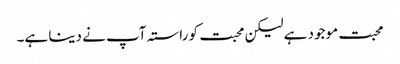
محبت موجود ہے لیکن محبت کو راستہ آپ نے دینا ہے۔